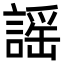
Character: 謡